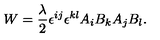
W = \frac { \lambda } { 2 } \epsilon ^ { i j } \epsilon ^ { k l } A _ { i } B _ { k } A _ { j } B _ { l } .